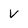
Character: v